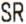
SR